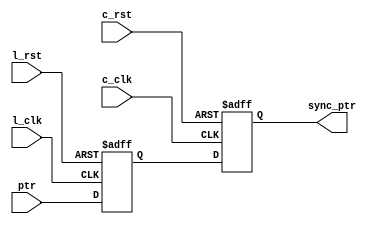
// Raj Patel
module sync_ptr_2_clk #(parameter ASIZE=32)
                (output reg [ASIZE:0] sync_ptr,
                input [ASIZE:0] ptr,
                input l_clk, l_rst, c_clk, c_rst);

    reg [ASIZE:0] t_ptr;

    always @(posedge l_clk, negedge l_rst)
        if(!l_rst) t_ptr <= 0;
        else     t_ptr <= ptr;

    always @(posedge c_clk, negedge c_rst)
        if(!c_rst)  sync_ptr <= 0;
        else        sync_ptr <= t_ptr;

endmodule